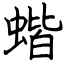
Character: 蝔